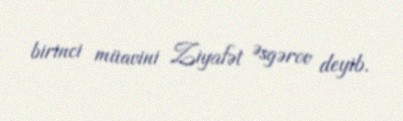
birinci müavini Ziyafət Əsgərov deyib.